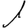
Digit: 1